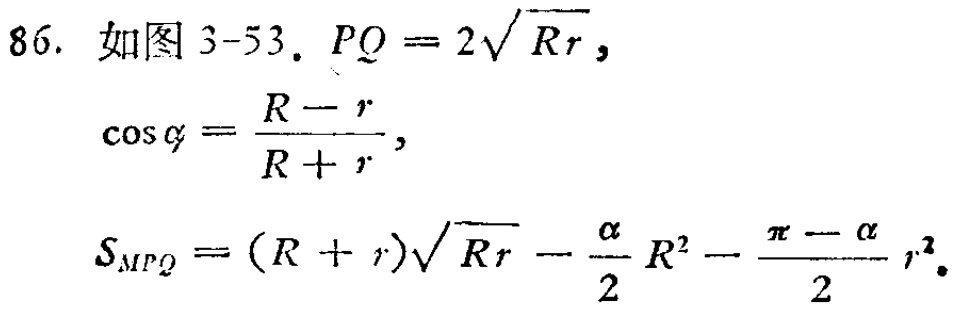
86. 如图 3-53. \(PQ = 2\sqrt{Rr}\),
   \(\cos\alpha=\frac{R - r}{R + r}\),
   \(S_{MPQ}=(R + r)\sqrt{Rr}-\frac{\alpha}{2}R^{2}-\frac{\pi - \alpha}{2}r^{2}\).